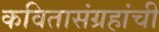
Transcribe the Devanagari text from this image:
कवितासंग्रहांची